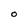
Character: O